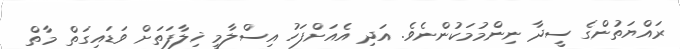
ރައްޔަތުންގެ ސީދާ ނިންމުމަކުންނެވެ. އަދި އެއަށްފަހު އިސްލާމީ ޚިލާފަތަށް ވަޑައިގަތް މާތް